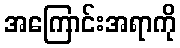
အကြောင်းအရာကို